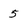
Character: 5